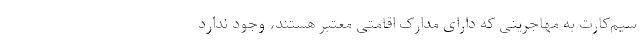
سیم‌کارت به مهاجرینی که دارای مدارک اقامتی معتبر هستند، وجود ندارد